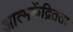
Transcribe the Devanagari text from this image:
आत्मकेंद्रितता